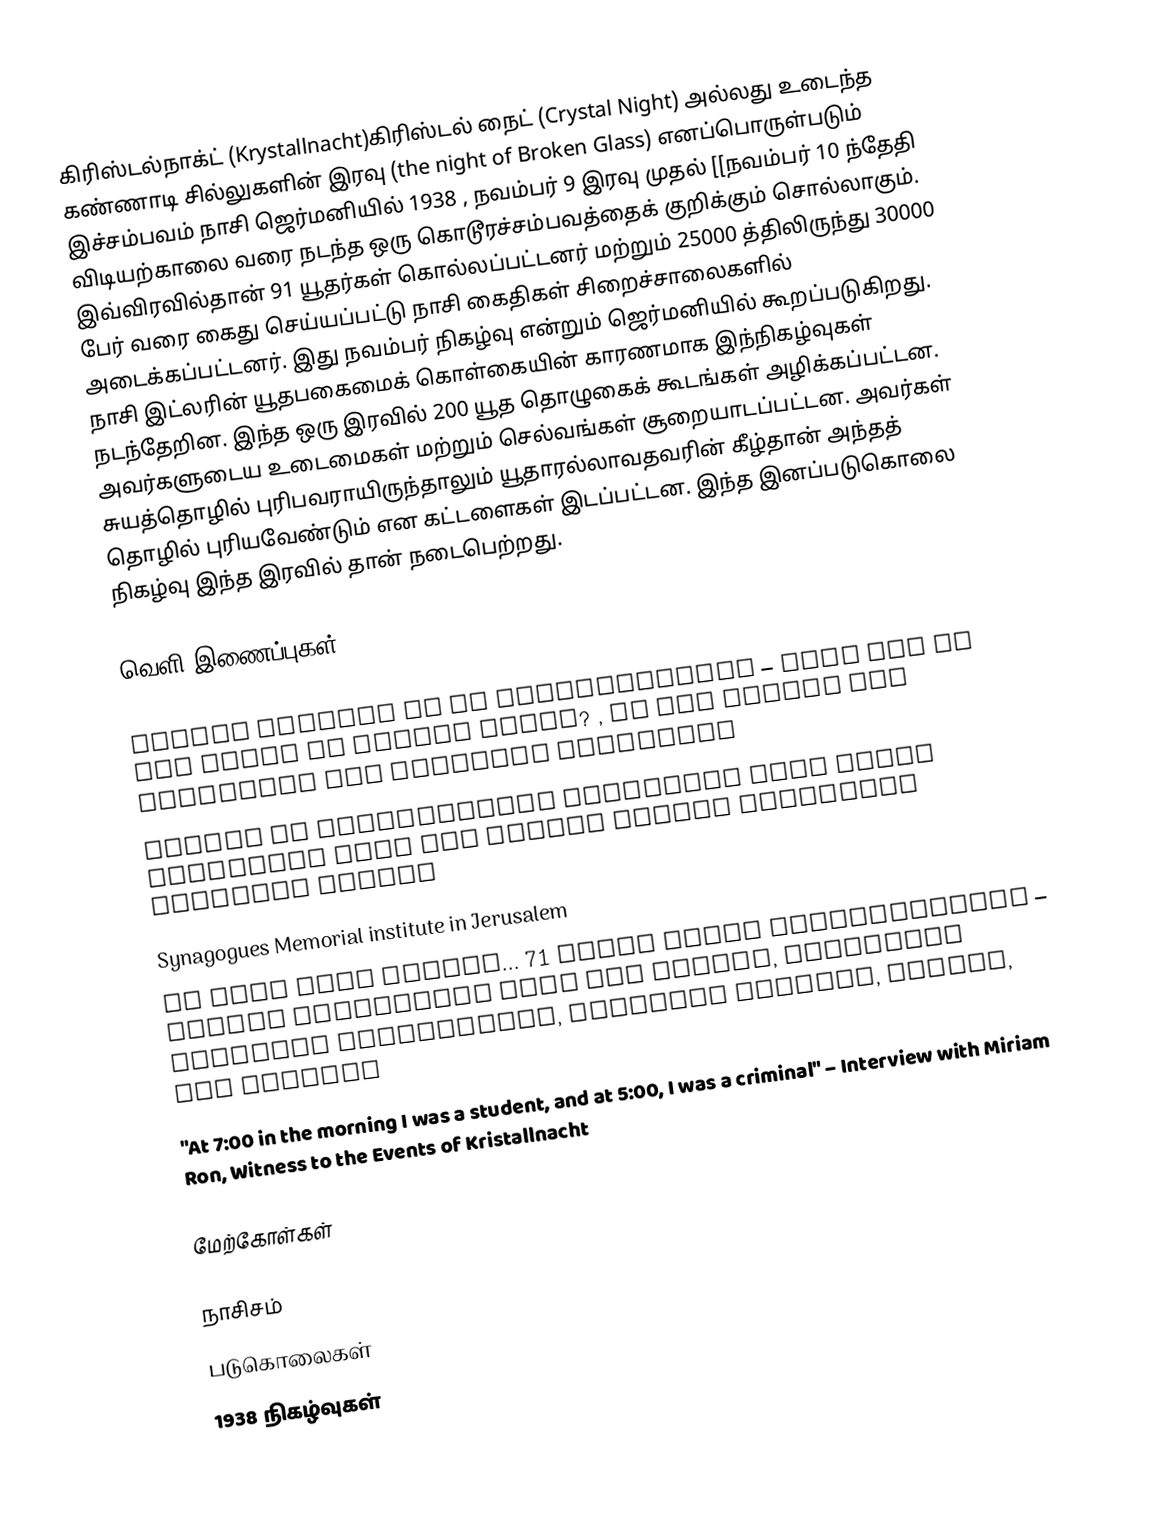
கிரிஸ்டல்நாக்ட் (Krystallnacht)கிரிஸ்டல் நைட் (Crystal Night) அல்லது உடைந்த கண்ணாடி சில்லுகளின் இரவு (the night of Broken Glass) எனப்பொருள்படும் இச்சம்பவம் நாசி ஜெர்மனியில் 1938 , நவம்பர் 9 இரவு முதல் [[நவம்பர் 10 ந்தேதி விடியற்காலை வரை நடந்த ஒரு கொடூரச்சம்பவத்தைக் குறிக்கும் சொல்லாகும். இவ்விரவில்தான் 91 யூதர்கள் கொல்லப்பட்டனர் மற்றும் 25000 த்திலிருந்து 30000 பேர் வரை கைது செய்யப்பட்டு நாசி கைதிகள் சிறைச்சாலைகளில் அடைக்கப்பட்டனர். இது நவம்பர் நிகழ்வு என்றும் ஜெர்மனியில் கூறப்படுகிறது. நாசி இட்லரின் யூதபகைமைக் கொள்கையின் காரணமாக இந்நிகழ்வுகள் நடந்தேறின. இந்த ஒரு இரவில் 200  யூத தொழுகைக் கூடங்கள் அழிக்கப்பட்டன. அவர்களுடைய உடைமைகள் மற்றும் செல்வங்கள் சூறையாடப்பட்டன. அவர்கள் சுயத்தொழில் புரிபவராயிருந்தாலும் யூதாரல்லாவதவரின் கீழ்தான் அந்தத் தொழில் புரியவேண்டும் என கட்டளைகள் இடப்பட்டன. இந்த இனப்படுகொலை நிகழ்வு இந்த இரவில் தான் நடைபெற்றது.

வெளி இணைப்புகள்

 Events Leading Up to Kristallnacht – What led to the Night of Broken Glass? , by The Center for Holocaust and Humanity Education
 Voices on Antisemitism Interview with Susan Warsinger  from the United States Holocaust Memorial Museum
 Synagogues Memorial institute in Jerusalem
 It Came From Within... 71 Years Since Kristallnacht – Online exhibition from Yad Vashem, including survivor testimonies, archival footage, photos, and stories
 "At 7:00 in the morning I was a student, and at 5:00, I was a criminal"  – Interview with Miriam Ron, Witness to the Events of Kristallnacht

மேற்கோள்கள்

நாசிசம்
படுகொலைகள்
1938 நிகழ்வுகள்